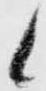
候